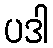
ပဒါ